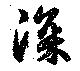
深